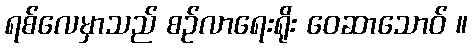
ရစ်လေမှာသည် စဉ်လာရေးရိုး ဝေဆာသောဝ် ။